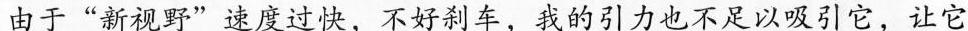
由于“新视野”速度过快，不好刹车，我的引力也不足以吸引它，让它